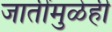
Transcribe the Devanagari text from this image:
जातींमुळेही